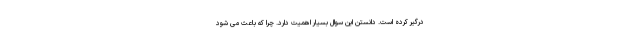
درگیر کرده است. دانستن این سوال بسیار اهمیت دارد. چرا که باعث می شود